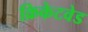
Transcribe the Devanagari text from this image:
क्रिकेटवेड